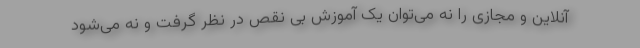
آنلاین و مجازی را نه می‌توان یک آموزش بی نقص در نظر گرفت و نه می‌شود